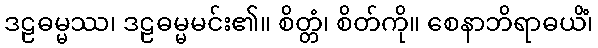
ဒဠဓမ္မဿ၊ ဒဠဓမ္မမင်း၏။ စိတ္တံ၊ စိတ်ကို။ စေနာဘိရာဓယိံ၊